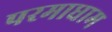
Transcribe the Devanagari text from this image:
परमाधाम